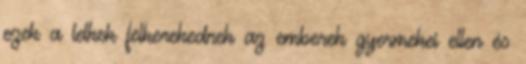
ezek a lelkek felkerekednek az emberek gyermekei ellen és